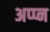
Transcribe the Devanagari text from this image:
अप्प्न